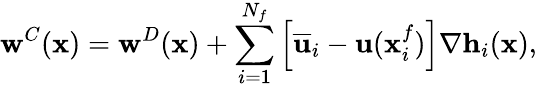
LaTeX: \mathbf{w}^{C}(\mathbf{x})=\mathbf{w}^{D}(\mathbf{x})+\sum_{i=1}^{N_{f}}\left[\overline{{\mathbf{u}}}_{i}-\mathbf{u}(\mathbf{x}_{i}^{f})\right]\nabla\mathbf{h}_{i}(\mathbf{x}),